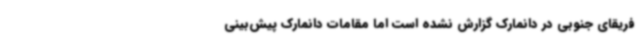
فریقای جنوبی در دانمارک گزارش نشده است اما مقامات دانمارک پیش‌بینی